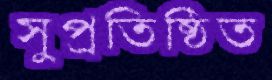
সুপ্রতিষ্ঠিত